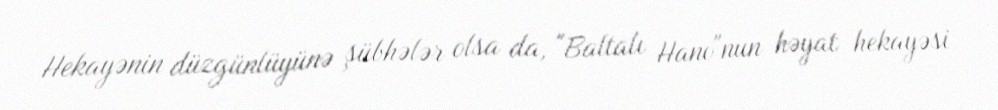
Hekayənin düzgünlüyünə şübhələr olsa da, "Baltalı Hano"nun həyat hekayəsi